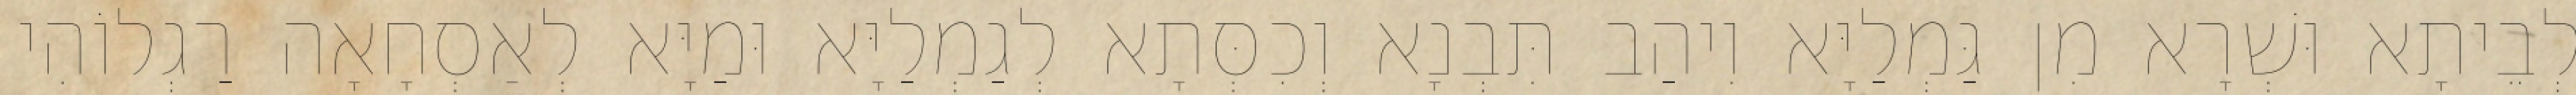
לְבֵיתָא וּשְׁרָא מִן גַּמְלַיָּא וִיהַב תִּבְנָא וְכִסְּתָא לְגַמְלַיָּא וּמַיָּא לְאַסְחָאָה רַגְלוֹהִי